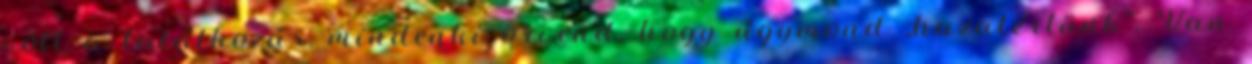
volt a találkozás, mindenki örvend, hogy úgymond „hazatértünk”. Van